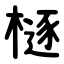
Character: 㯌